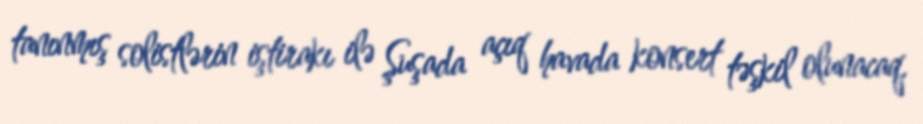
tanınmış solistlərin iştirakı ilə Şuşada açıq havada konsert təşkil olunacaq.